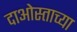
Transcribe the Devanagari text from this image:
दाओस्ताच्या